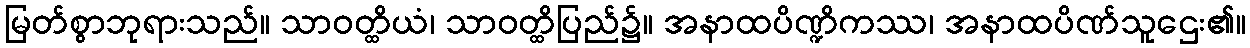
မြတ်စွာဘုရားသည်။ သာဝတ္ထိယံ၊ သာဝတ္ထိပြည်၌။ အနာထပိဏ္ဍိကဿ၊ အနာထပိဏ်သူဌေး၏။